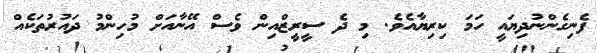
ފެނިގެންނުދިޔައީ ހަމަ ކިރިޔާއެވެ. މި ދެ ސީރީޒްއިން ވެސް އޭނާއަށް މުހިންމު ދައުރުތަކެއް